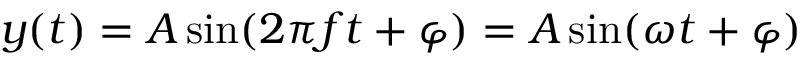
y ( t ) = A \sin ( 2 \pi f t + \varphi ) = A \sin ( \omega t + \varphi )